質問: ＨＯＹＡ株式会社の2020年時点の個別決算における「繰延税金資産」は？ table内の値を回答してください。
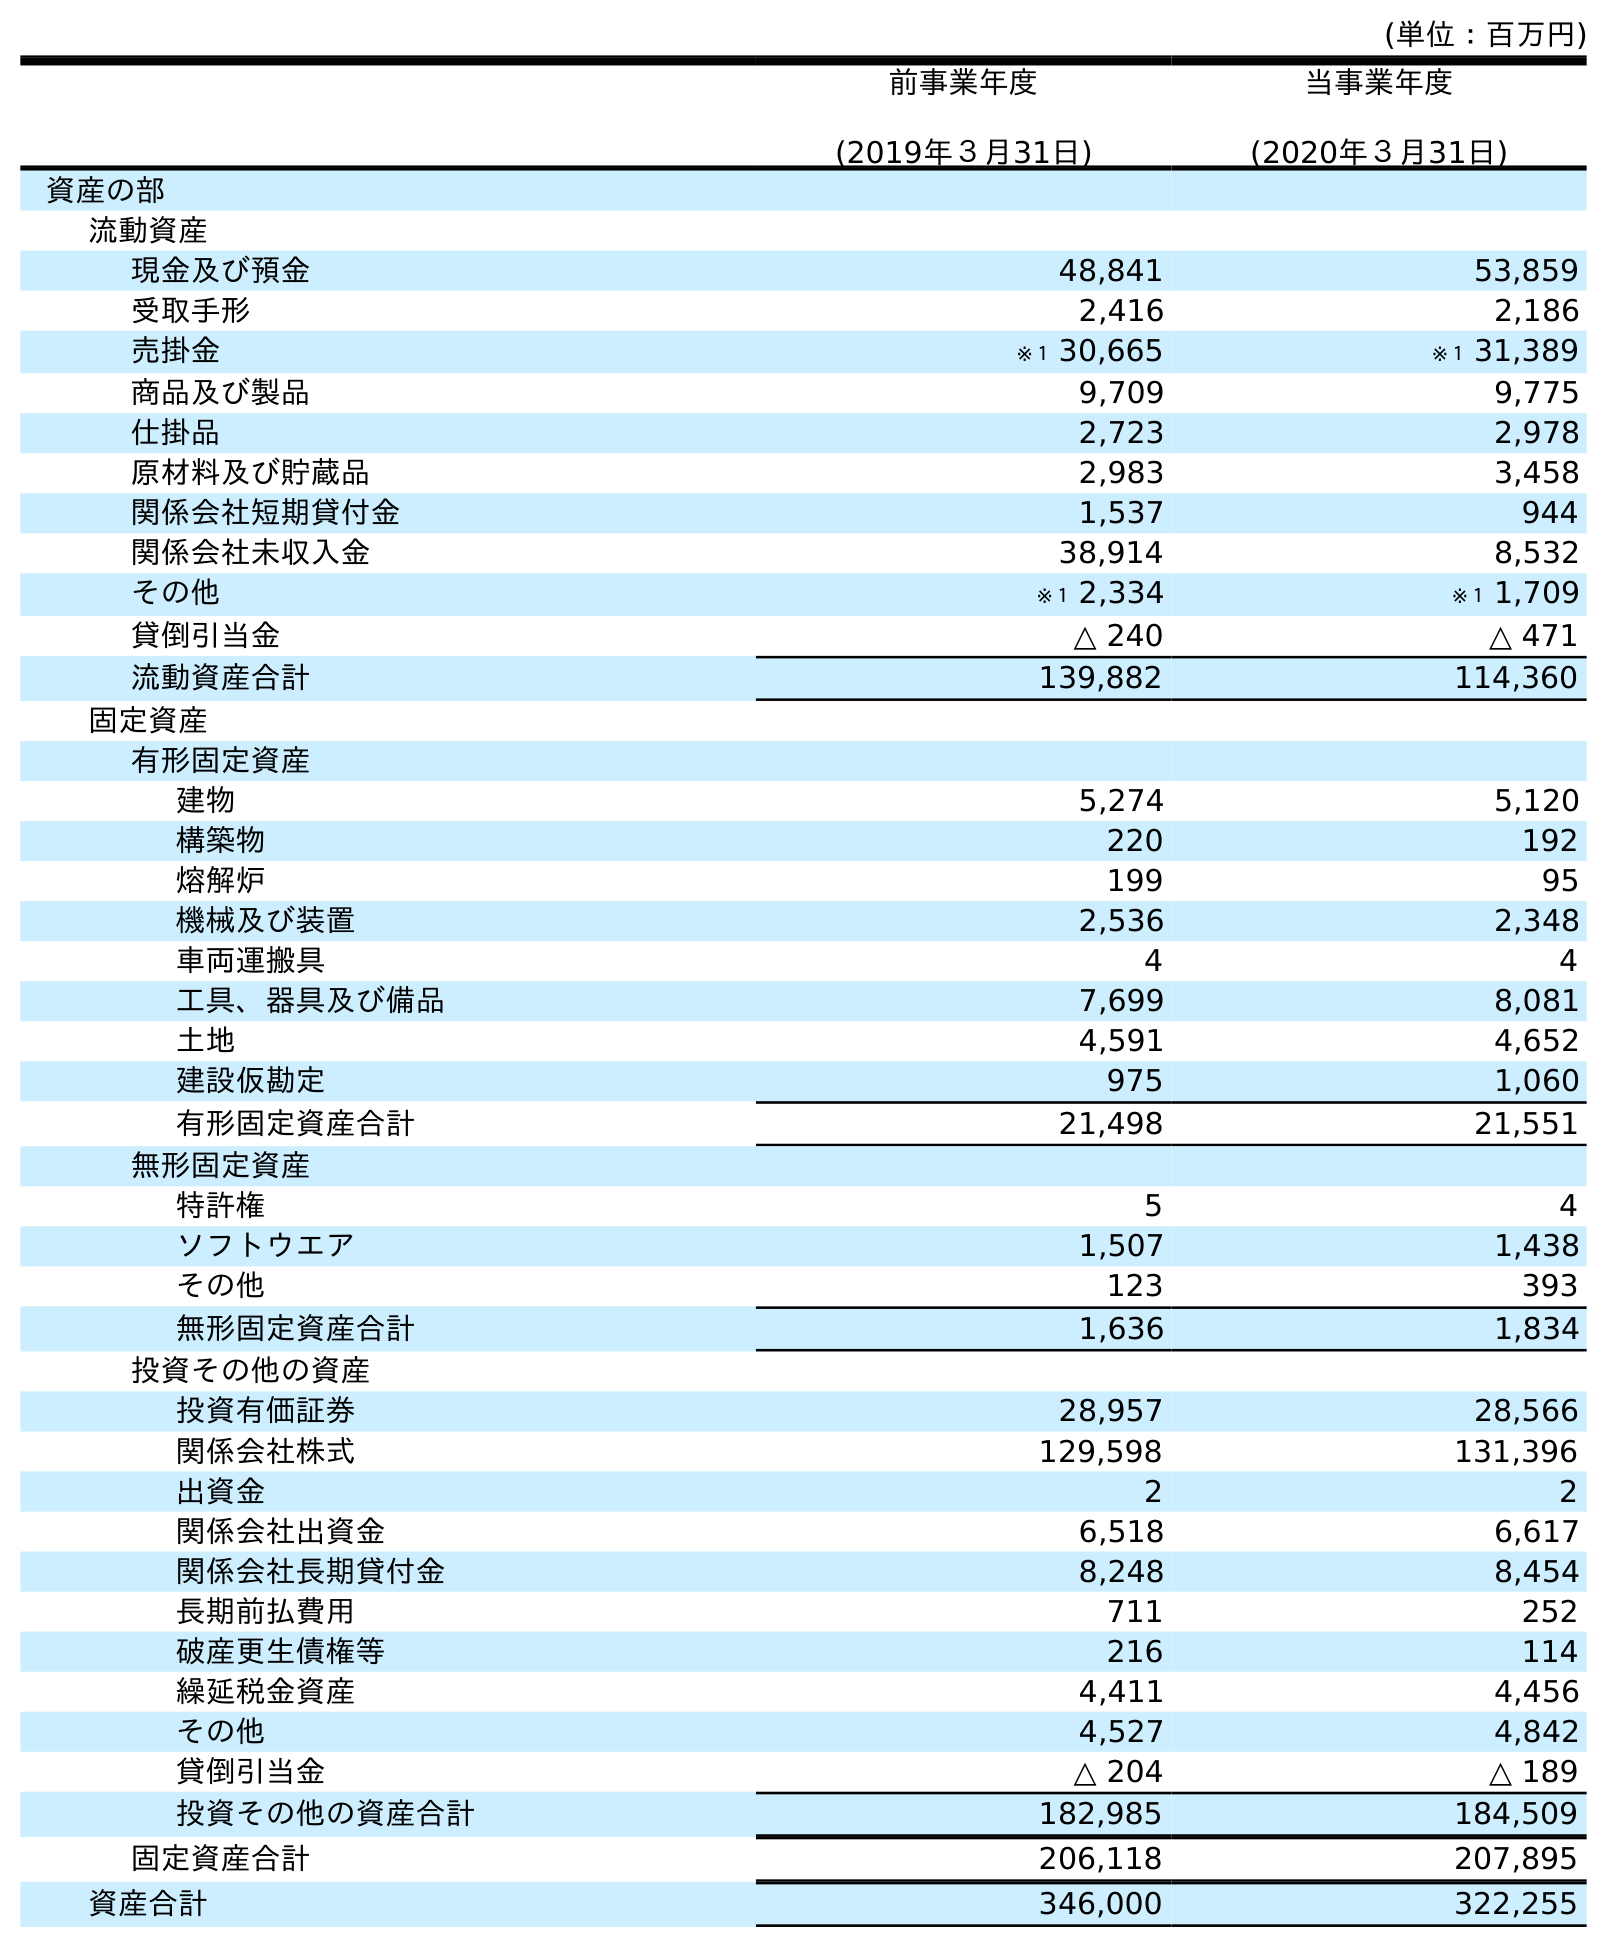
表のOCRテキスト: (単位：百万円) 前事業年度 (2019年３月31日) 当事業年度 (2020年３月31日) 資産の部 流動資産 現金及び預金 48,841 53,859 受取手形 2,416 2,186 売掛金 ※１ 30,665 ※１ 31,389 商品及び製品 9,709 9,775 仕掛品 2,723 2,978 原材料及び貯蔵品 2,983 3,458 関係会社短期貸付金 1,537 944 関係会社未収入金 38,914 8,532 その他 ※１ 2,334 ※１ 1,709 貸倒引当金 △ 240 △ 471 流動資産合計 139,882 114,360 固定資産 有形固定資産 建物 5,274 5,120 構築物 220 192 熔解炉 199 95 機械及び装置 2,536 2,348 車両運搬具 4 4 工具、器具及び備品 7,699 8,081 土地 4,591 4,652 建設仮勘定 975 1,060 有形固定資産合計 21,498 21,551 無形固定資産 特許権 5 4 ソフトウエア 1,507 1,438 その他 123 393 無形固定資産合計 1,636 1,834 投資その他の資産 投資有価証券 28,957 28,566 関係会社株式 129,598 131,396 出資金 2 2 関係会社出資金 6,518 6,617 関係会社長期貸付金 8,248 8,454 長期前払費用 711 252 破産更生債権等 216 114 繰延税金資産 4,411 4,456 その他 4,527 4,842 貸倒引当金 △ 204 △ 189 投資その他の資産合計 182,985 184,509 固定資産合計 206,118 207,895 資産合計 346,000 322,255
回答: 4,456